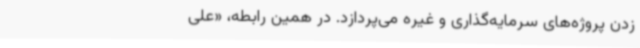
زدن پروژه‌های سرمایه‌گذاری و غیره می‌پردازد. در همین رابطه، «علی